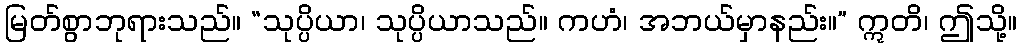
မြတ်စွာဘုရားသည်။ “သုပ္ပိယာ၊ သုပ္ပိယာသည်။ ကဟံ၊ အဘယ်မှာနည်း။” ဣတိ၊ ဤသို့။